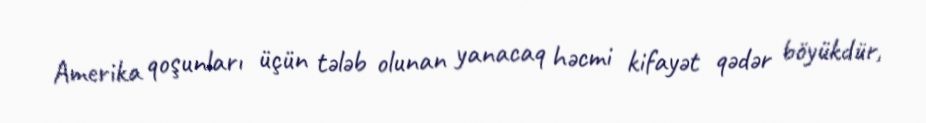
Amerika qoşunları üçün tələb olunan yanacaq həcmi kifayət qədər böyükdür,